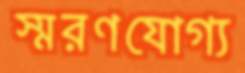
স্মরণযোগ্য